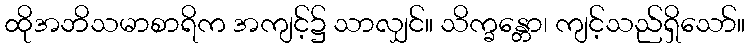
ထိုအဘိသမာစာရိက အကျင့်၌ သာလျှင်။ သိက္ခန္တော၊ ကျင့်သည်ရှိသော်။